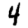
Digit: 4